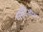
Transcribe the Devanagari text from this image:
यापूर्वीदेखील